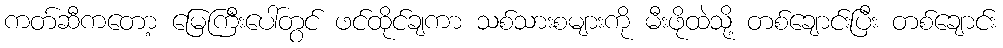
ကတ်ဆီကတော့ မြေကြီးပေါ်တွင် ဖင်ထိုင်ချကာ သစ်သားစများကို မီးဖိုထဲသို့ တစ်ချောင်းပြီး တစ်ချောင်း